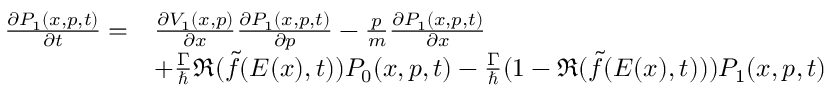
\begin{array} { r l } { \frac { \partial P _ { 1 } ( x , p , t ) } { \partial t } = } & { \frac { \partial V _ { 1 } ( x , p ) } { \partial x } \frac { \partial P _ { 1 } ( x , p , t ) } { \partial p } - \frac { p } { m } \frac { \partial P _ { 1 } ( x , p , t ) } { \partial x } } \\ & { + \frac { \Gamma } { \hbar } \Re ( \tilde { f } ( E ( x ) , t ) ) P _ { 0 } ( x , p , t ) - \frac { \Gamma } { \hbar } ( 1 - \Re ( \tilde { f } ( E ( x ) , t ) ) ) P _ { 1 } ( x , p , t ) } \end{array}